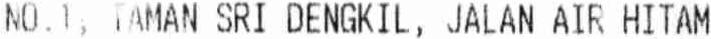
NO.1, TAMAN SRI DENGKIL, JALAN AIR HITAM